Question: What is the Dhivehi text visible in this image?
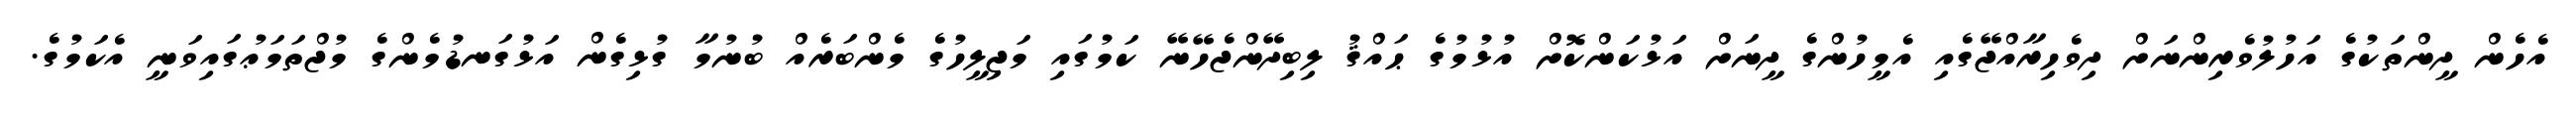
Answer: އެހެން ދީންތަކުގެ އަހުލުވެރިންނަށް ދިވެހިރާއްޖޭގެއި އެމީހުންގެ ދީނަށް އަޅުކަންކޮށް އުޅުމުގެ ޙައްޤު ލިބިދޭންޖެހޭނޭ ކަމުގައި މަޖިލީހުގެ މެންބަރެއް ބުނުމާ ގުޅިގެން އަޅުގަނޑުމެންގެ މުޖްތަމަޢުގައިވަނީ އެކަމުގެ.